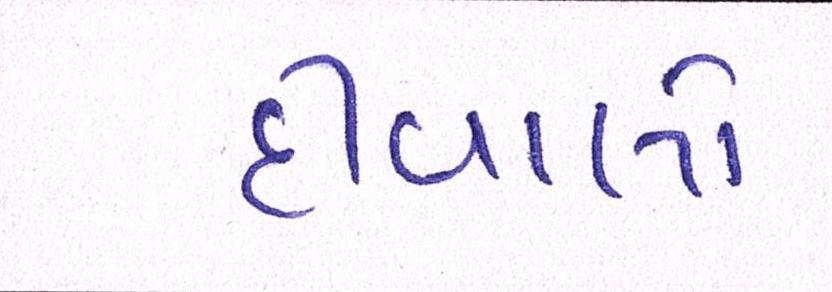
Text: દીવાલો